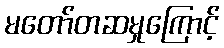
မတော်တဆမှုကြောင့်